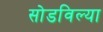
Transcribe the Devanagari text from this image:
सोडविल्या